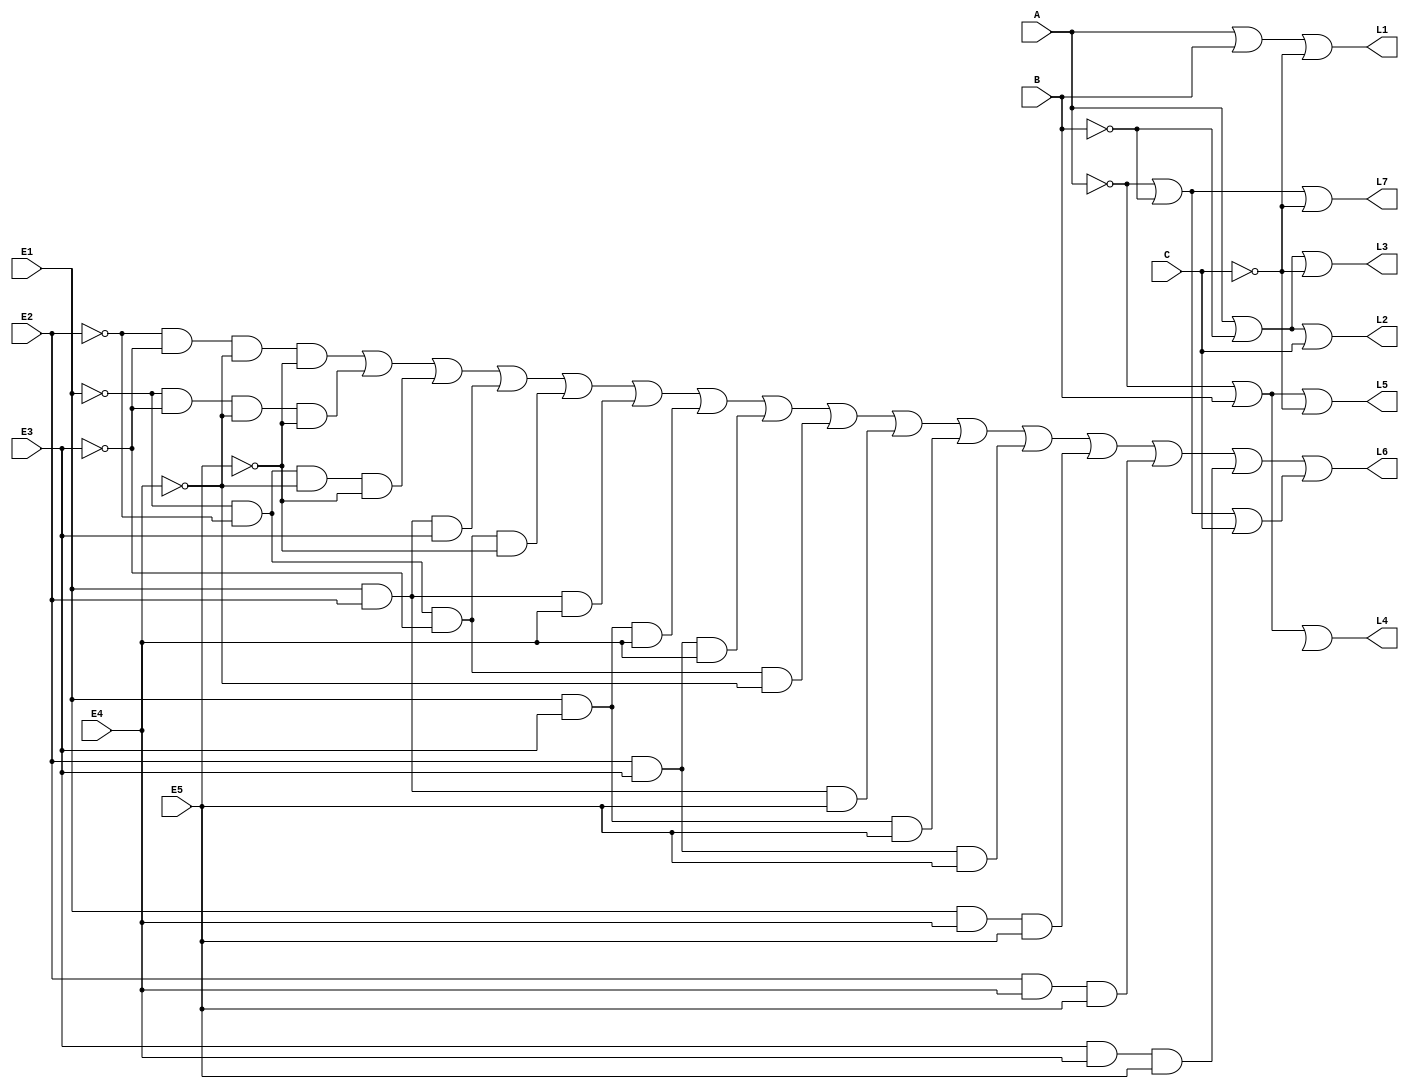
module matrizLinhas(A, B, C, L1, L2, L3, L4, L5, L6, L7, E1, E2, E3, E4, E5);
    input A, B, C, E1, E2, E3, E4, E5;
    output L1, L2, L3, L4, L5, L6, L7;

    wire n1, n2, n3a, n3b, n4a, n4b, n5a, n5b, n6a, n6b, n7a, n7b, n7c, EL1, EL2, EL3, EL4, EL5, EL6, EL7, EL8, EL9, EL10, EL11, EL12, EL13, EL14, EL15, nL6a1, nL6b1, nL6c1, nL6d1, nL6a2, nL6b2, nL6c2, nL6d2,  nL6a3, nL6b3, nL6c3, nL6d3,  nL6a5, nL6b5, nL6c5, nL6d5, nL6a9, nL6b9, nL6c9, nL6d9;

    //Linha 1
    not Not1(n1, C);
    or OrL1(L1, A, B, n1);

    //Linha 2
    not Not2(n2, B);
    or OrL2(L2, A, n2, C);

    //Linha 3
    not Not3a(n3a, B);
    not Not3b(n3b, C);
    or OrL3(L3, A, n3a, n3b);

    //Linha 4
    not Not4a(n4a, A);
    not Not4b(n4b, C);
    or OrL4(L4, n4a, B, n4c);

    //Linha 5
    not Not5a(n5a, A);
    not Not5b(n5b, C);
    or OrL5(L5, n5a, B, n5b);

    //Linha 6
    not Not6a(n6a, A);
    not Not6b(n6b, B);
	 
	 //Linha 6 erro
    not notL6a1(nL6a1, E2);
    not notL6b1(nL6b1, E3);
    not notL6c1(nL6c1, E4);
    not notL6d1(nL6d1, E5);
    and andL6A(EL1, nL6a1, nL6b1, nL6c1, nL6d1);

    not notL6a2(nL6a2, E1);
    not notL6b2(nL6b2, E3);
    not notL6c2(nL6c2, E4);
    not notL6d2(nL6d2, E5);
    and andL6B(EL2, nL6a2, nL6b2, nL6c2, nL6d2);
    
    not notL6a3(nL6a3, E1);
    not notL6b3(nL6b3, E2);
    not notL6c3(nL6c3, E4);
    not notL6d3(nL6d3, E5);
    and andL6C(EL3, nL6a3, nL6b3, nL6c3, nL6d3);

    and andL6D(EL4, E1, E2, E3);

    not notL6a5(nL6a5, E1);
    not notL6b5(nL6b5, E2);
    not notL6c5(nL6c5, E3);
    not notL6d5(nL6d5, E5);
    and andL6E(EL5, nL6a5, nL6b5, nL6c5, nL6d5);

    and andL6F(EL6, E1, E2, E4);

    and andL6G(EL7, E1, E3, E4);

    and andL6H(EL8, E2, E3, E4);

    not notL6a9(nL6a9, E1);
    not notL6b9(nL6b9, E2);
    not notL6c9(nL6c9, E3);
    not notL6d9(nL6d9, E4);
    and andL6I(EL9, nL6a9, nL6b9, nL6c9, nL6d9);

    and andL6J(EL10, E1, E2, E5);

    and andL6K(EL11, E1, E3, E5);

    and andL6L(EL12, E2, E3, E5);

    and andL6M(EL13, E1, E4, E5);

    and andL6N(EL14, E2, E4, E5);

    and andL6O(EL15, E3, E4, E5);

    or OrL6E(L6Erro, EL1, EL2, EL3, EL4, EL5, EL6, EL7, EL8, EL9, EL10, EL11, EL12, EL13, EL14, EL15);
    or OrL6N(L6Normal, n6a, n6b, C);
	 or OrL6(L6, L6Erro, L6Normal);
	 
    //Linha 7
    not Not7a(n7a, A);
    not Not7b(n7b, B);
    not Not7c(n7c, C);
    or OrL7(L7, n7a, n7b, n7c);
endmodule